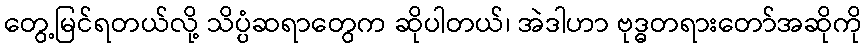
တွေ့မြင်ရတယ်လို့ သိပ္ပံဆရာတွေက ဆိုပါတယ်၊ အဲဒါဟာ ဗုဒ္ဓတရားတော်အဆိုကို